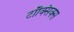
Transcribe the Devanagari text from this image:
टॉक्सिक्स